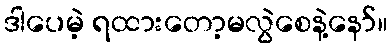
ဒါပေမဲ့ ရထားတော့မလွဲစေနဲ့နော်။